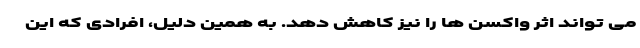
می تواند اثر واکسن ها را نیز کاهش دهد. به همین دلیل، افرادی که این